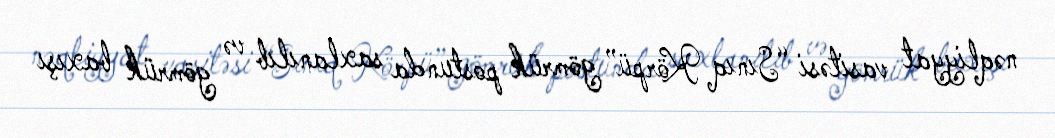
nəqliyyat vasitəsi “Sınıq Körpü” gömrük postunda saxlanılıb və gömrük baxışı